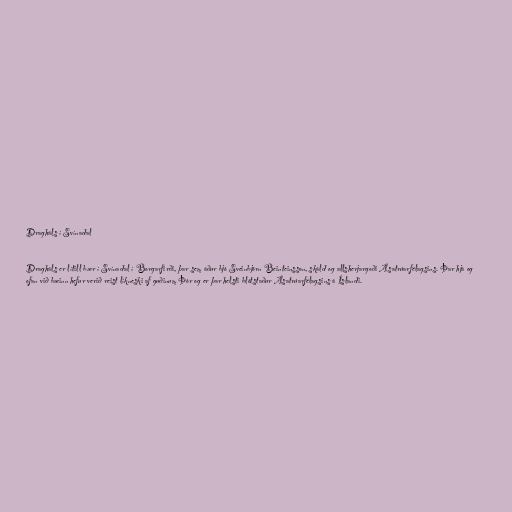
Dragháls í Svínadal

Dragháls er lítill bær í Svínadal í Borgarfirði, þar sem áður bjó Sveinbjörn Beinteinsson, skáld og allsherjargoði Ásatrúarfélagsins. Þar hjá og
ofan við bæinn hefur verið reist líkneski af guðinum Þór og er þar helsti blótstaður Ásatrúarfélagsins á Íslandi.